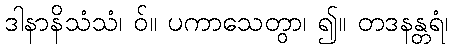
ဒါနာနိသံသံ၊ ဝ်။ ပကာသေတွာ၊ ၍။ တဒနန္တရံ၊